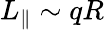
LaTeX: L_{\parallel}\sim qR